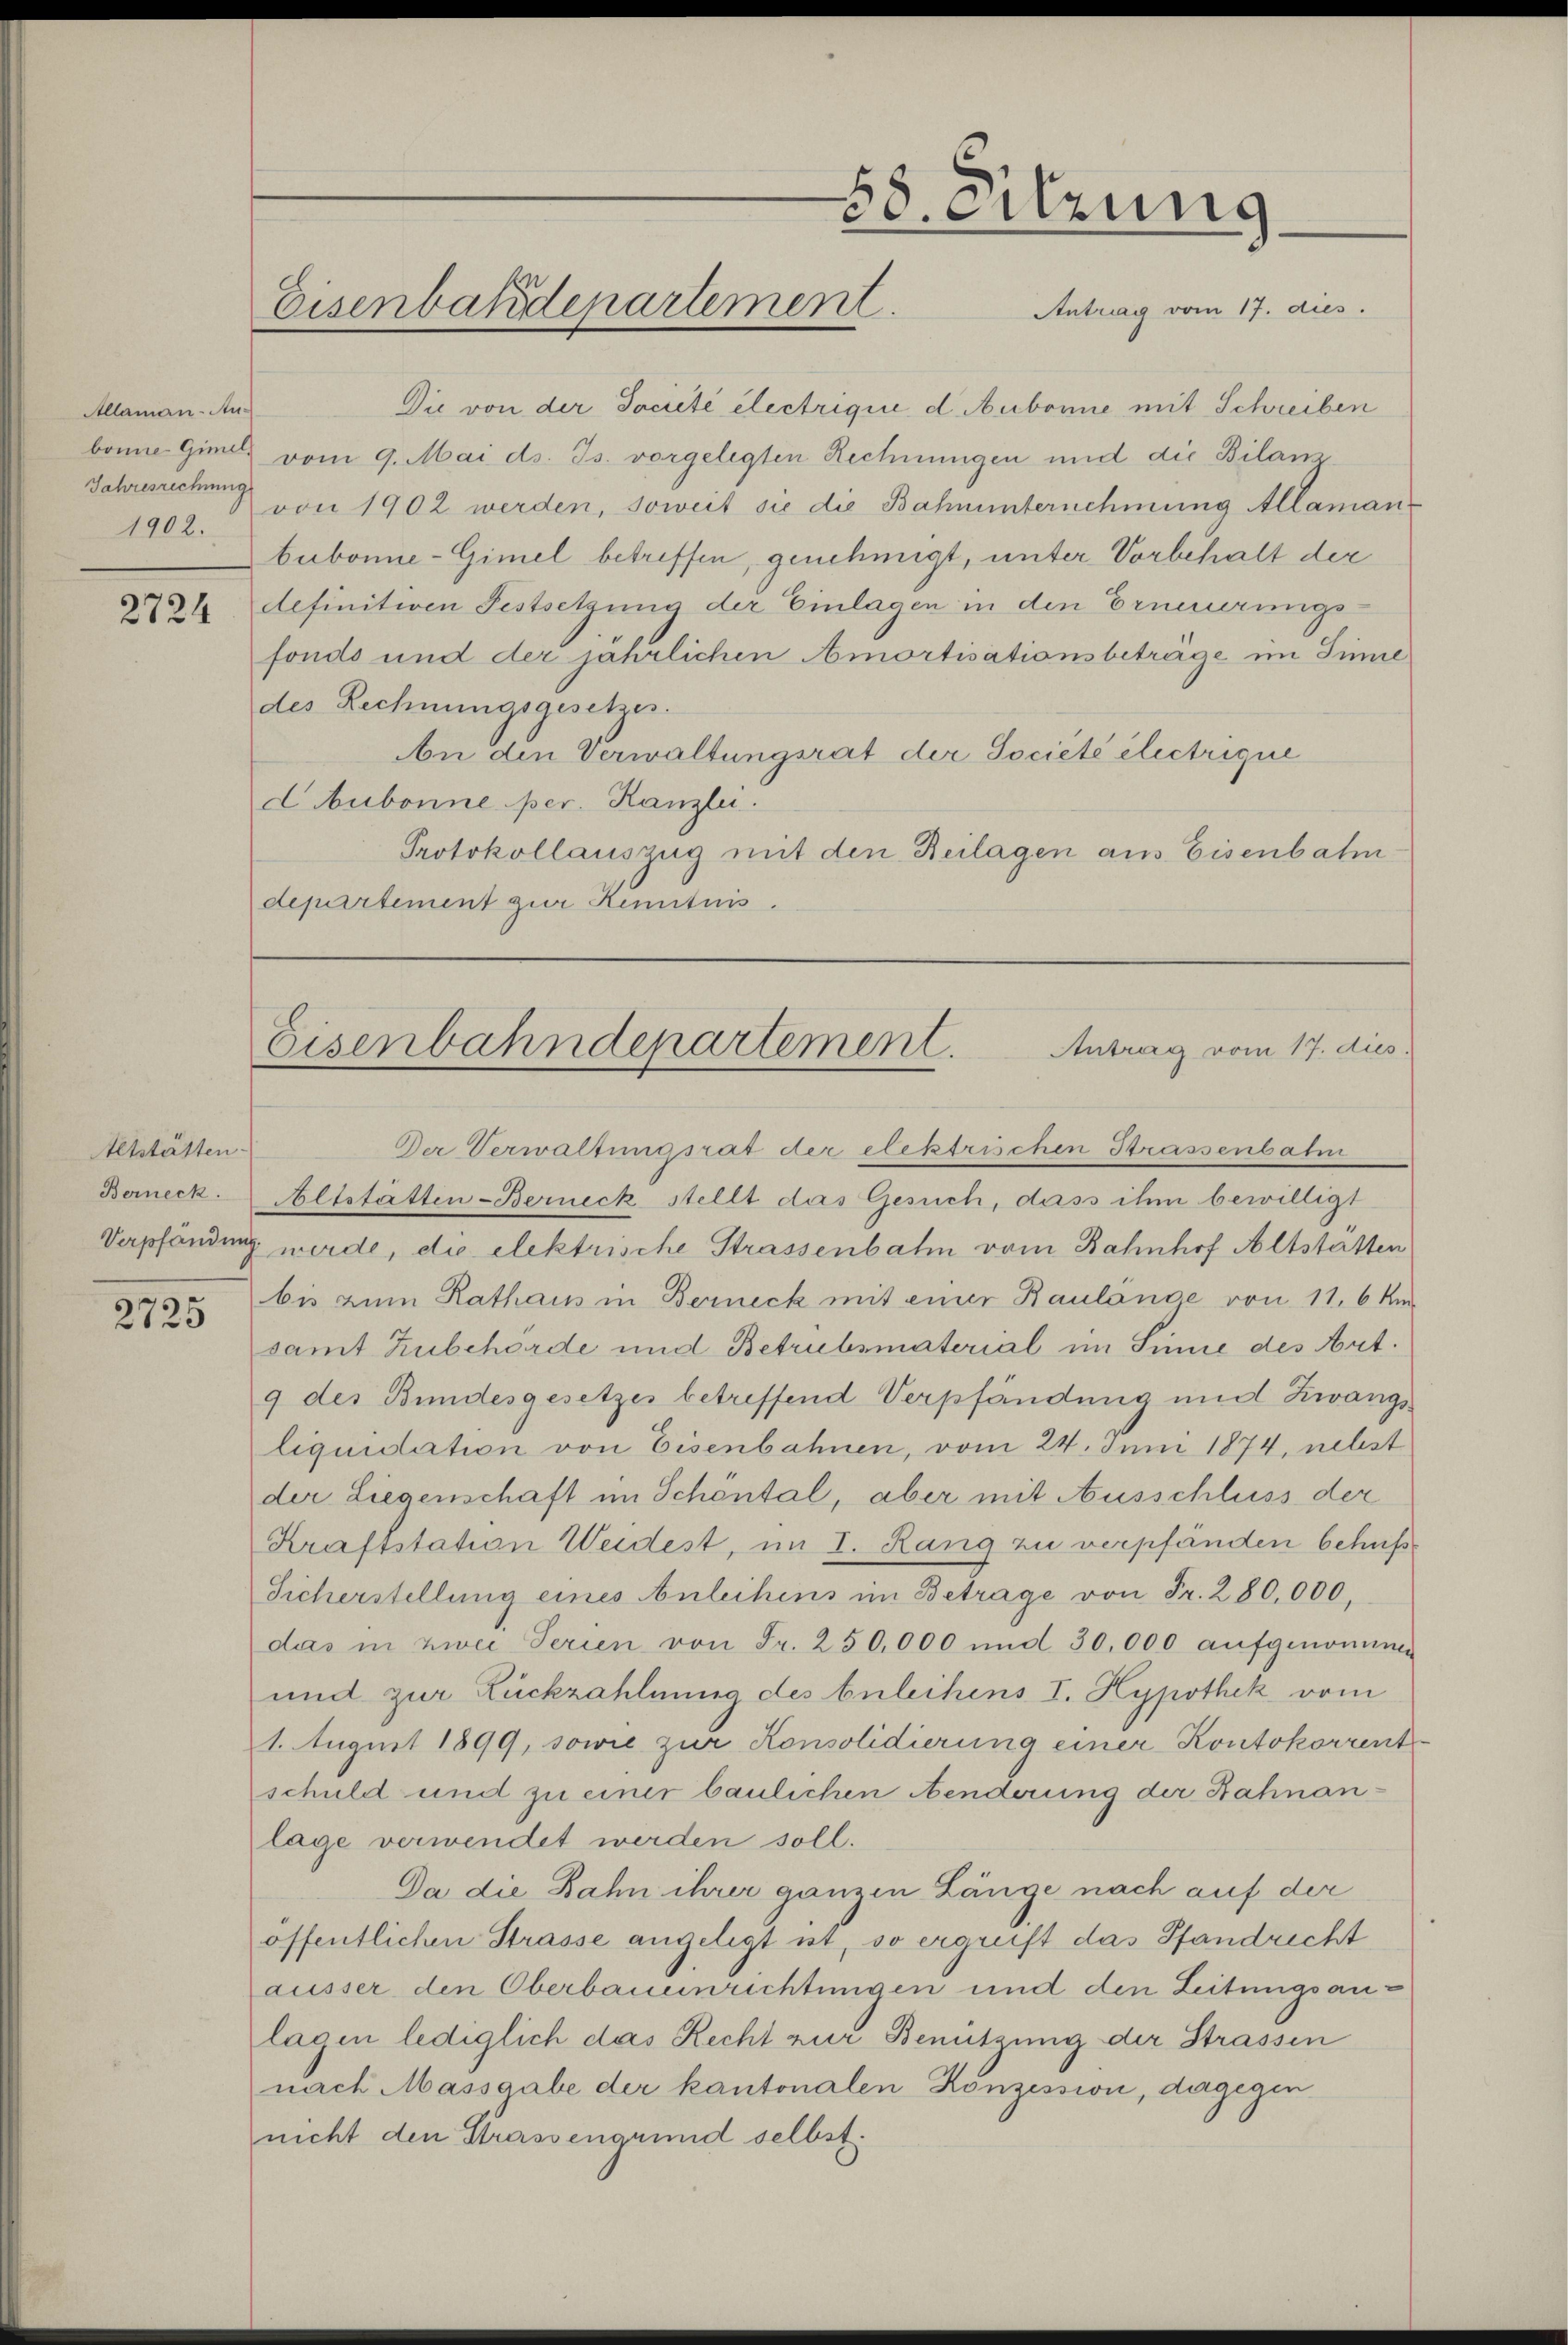
Allaman-Aus
Jahresrechnung
1902.

2724

Altstätten.
Berneck.

2725

58. Sitzung
Eisenbaudepartement.
Antrag vom 17. dies.

Die von der Société électrique, d. Aubonne mit Schreiben
bonne Gins vom 9. Mai d. Js. vorgelegten Rechnungen und die Bilanzvon 1902 werden, soweit sie die Bahnunternehmung Allaman
bubonne-Gimel betreffen, genehmigt, unter Vorbehalt der
definitiven Festsetzung der Einlagen in den Erneuerungsfonds und der jährlichen mortisationsbeträge im Sinne
des Rechnungsgesetzes.
An den Verwaltungsrat der Societe electrique
dbubonne per. Kanzlei.
Protokollauszug mit den Beilagen aus Eisenbahn
departement zur Kenntnis.

Eisenbahndepartement.
Antrag vom 17. dies

Der Verwaltungsrat der elektrischen Strassenbahn
Altstätten-Berneck stellt das Gesuch, dass ihm bewilligt
Verpfändung werde, die elektrische Strassenbahn vom Bahnhof Altstätten
bis zum Rathaus in Berneck mit einer Baulänge von 11,6 km
samt Zubehörde und Betrubsmaterial im Sinne des Art.
9 des Bundesgesetzes betreffend Verpfändung und Zwangs
liquidation von Eisenbahnen, vom 24. Juni 1874, nebst
der Liegenschaft im Schöntal, aber mit Ausschluss der
Kraftstation Weidest, im I. Rang zu verpfänden behufs
Sicherstellung eines Anleihens im Betrage von Fr. 280,000,
das in zwei Serien von Fr. 250,000 und 30,000 aufgenommen
und zur Rückzahlung des buleihens I. Hypothek vom
1. August 1899, sowie zur Konsolidierung einer Kontokorrent
schuld und zu einer baulichen Aenderung der Bahnanlage verwendet werden soll.
Da die Bahn ihrer ganzen Länge nach auf der
öffentlichen Strasse angelegt ist, so ergreift das Pfandrecht
äusser den Oberbauenrichtungen und den Leitungsanlas in lediglich das Recht zur Benützung der Strassen
nach Massgabe der kantonalen Konzession, dagegen
nicht den Strassengrund selbst.